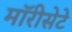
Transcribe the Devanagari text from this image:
मॉरीसेटे